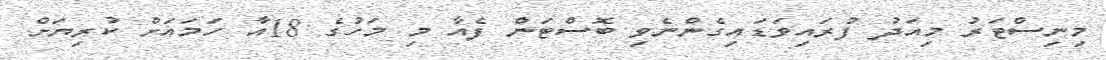
މިނިސްޓަރު މިއަދު ފުރައިވަޑައިގެންނެވި ބޮސްޓަން ފެއާ މި މަހުގެ 18އާ ހަމައަށް ކުރިޔަށް